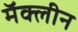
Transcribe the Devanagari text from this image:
मॅक्लीन